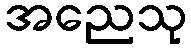
အညေသု